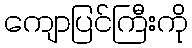
ကျောပြင်ကြီးကို